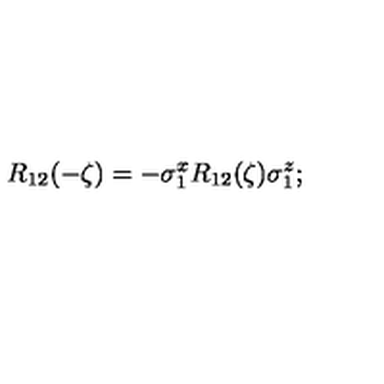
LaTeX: R _ { 1 2 } ( - \zeta ) = - \sigma _ { 1 } ^ { x } R _ { 1 2 } ( \zeta ) \sigma _ { 1 } ^ { z } ;